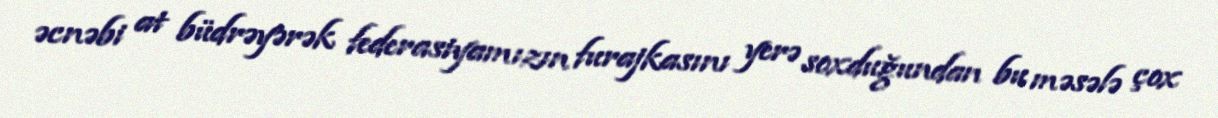
əcnəbi at büdrəyərək federasiyamızın furajkasını yerə soxduğundan bu məsələ çox